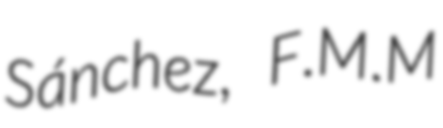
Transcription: Sánchez, F.M.M